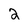
Character: 2